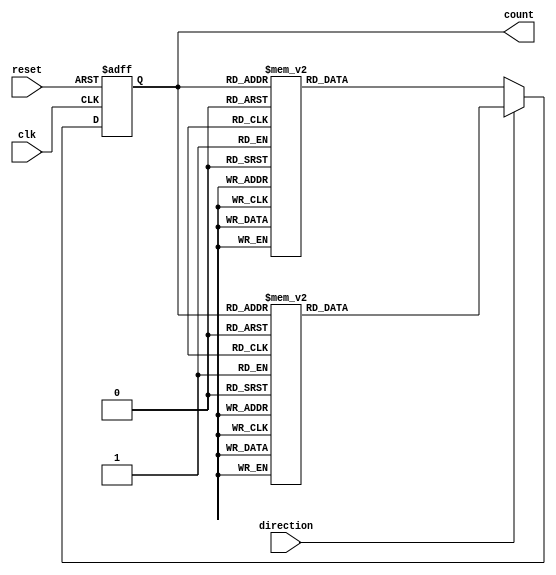
module BidirectionalGrayCounter (
    input wire clk,
    input wire reset,
    input wire direction,
    output reg [3:0] count
);

reg [3:0] nextCount;

always @(posedge clk or posedge reset) begin
    if (reset) begin
        count <= 4'b0000;
    end else begin
        if (direction) begin // Count up
            case(count)
                4'b0000: nextCount = 4'b0001;
                4'b0001: nextCount = 4'b0011;
                4'b0011: nextCount = 4'b0010;
                4'b0010: nextCount = 4'b0110;
                4'b0110: nextCount = 4'b0111;
                4'b0111: nextCount = 4'b0101;
                4'b0101: nextCount = 4'b0100;
                4'b0100: nextCount = 4'b1100;
                4'b1100: nextCount = 4'b1101;
                4'b1101: nextCount = 4'b1111;
                4'b1111: nextCount = 4'b1110;
                4'b1110: nextCount = 4'b1010;
                4'b1010: nextCount = 4'b1011;
                4'b1011: nextCount = 4'b1001;
                4'b1001: nextCount = 4'b1000;
                4'b1000: nextCount = 4'b0000;
            endcase
        end else begin // Count down
            case(count)
                4'b0000: nextCount = 4'b1000;
                4'b1000: nextCount = 4'b1001;
                4'b1001: nextCount = 4'b1011;
                4'b1011: nextCount = 4'b1010;
                4'b1010: nextCount = 4'b1110;
                4'b1110: nextCount = 4'b1111;
                4'b1111: nextCount = 4'b1101;
                4'b1101: nextCount = 4'b1100;
                4'b1100: nextCount = 4'b0100;
                4'b0100: nextCount = 4'b0101;
                4'b0101: nextCount = 4'b0111;
                4'b0111: nextCount = 4'b0110;
                4'b0110: nextCount = 4'b0010;
                4'b0010: nextCount = 4'b0011;
                4'b0011: nextCount = 4'b0001;
                4'b0001: nextCount = 4'b0000;
            endcase
        end
        count <= nextCount;
    end
end

endmodule